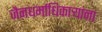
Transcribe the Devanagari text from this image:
जैनधर्माधिकार्‍यांना